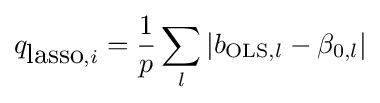
q_{{\mbox{lasso}},i}={\frac {1}{p}}\sum _{l}|b_{{\text{OLS}},l}-\beta _{0,l}|